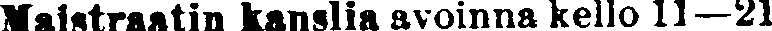
Maistraatin kanslia avoinna kello 11—21